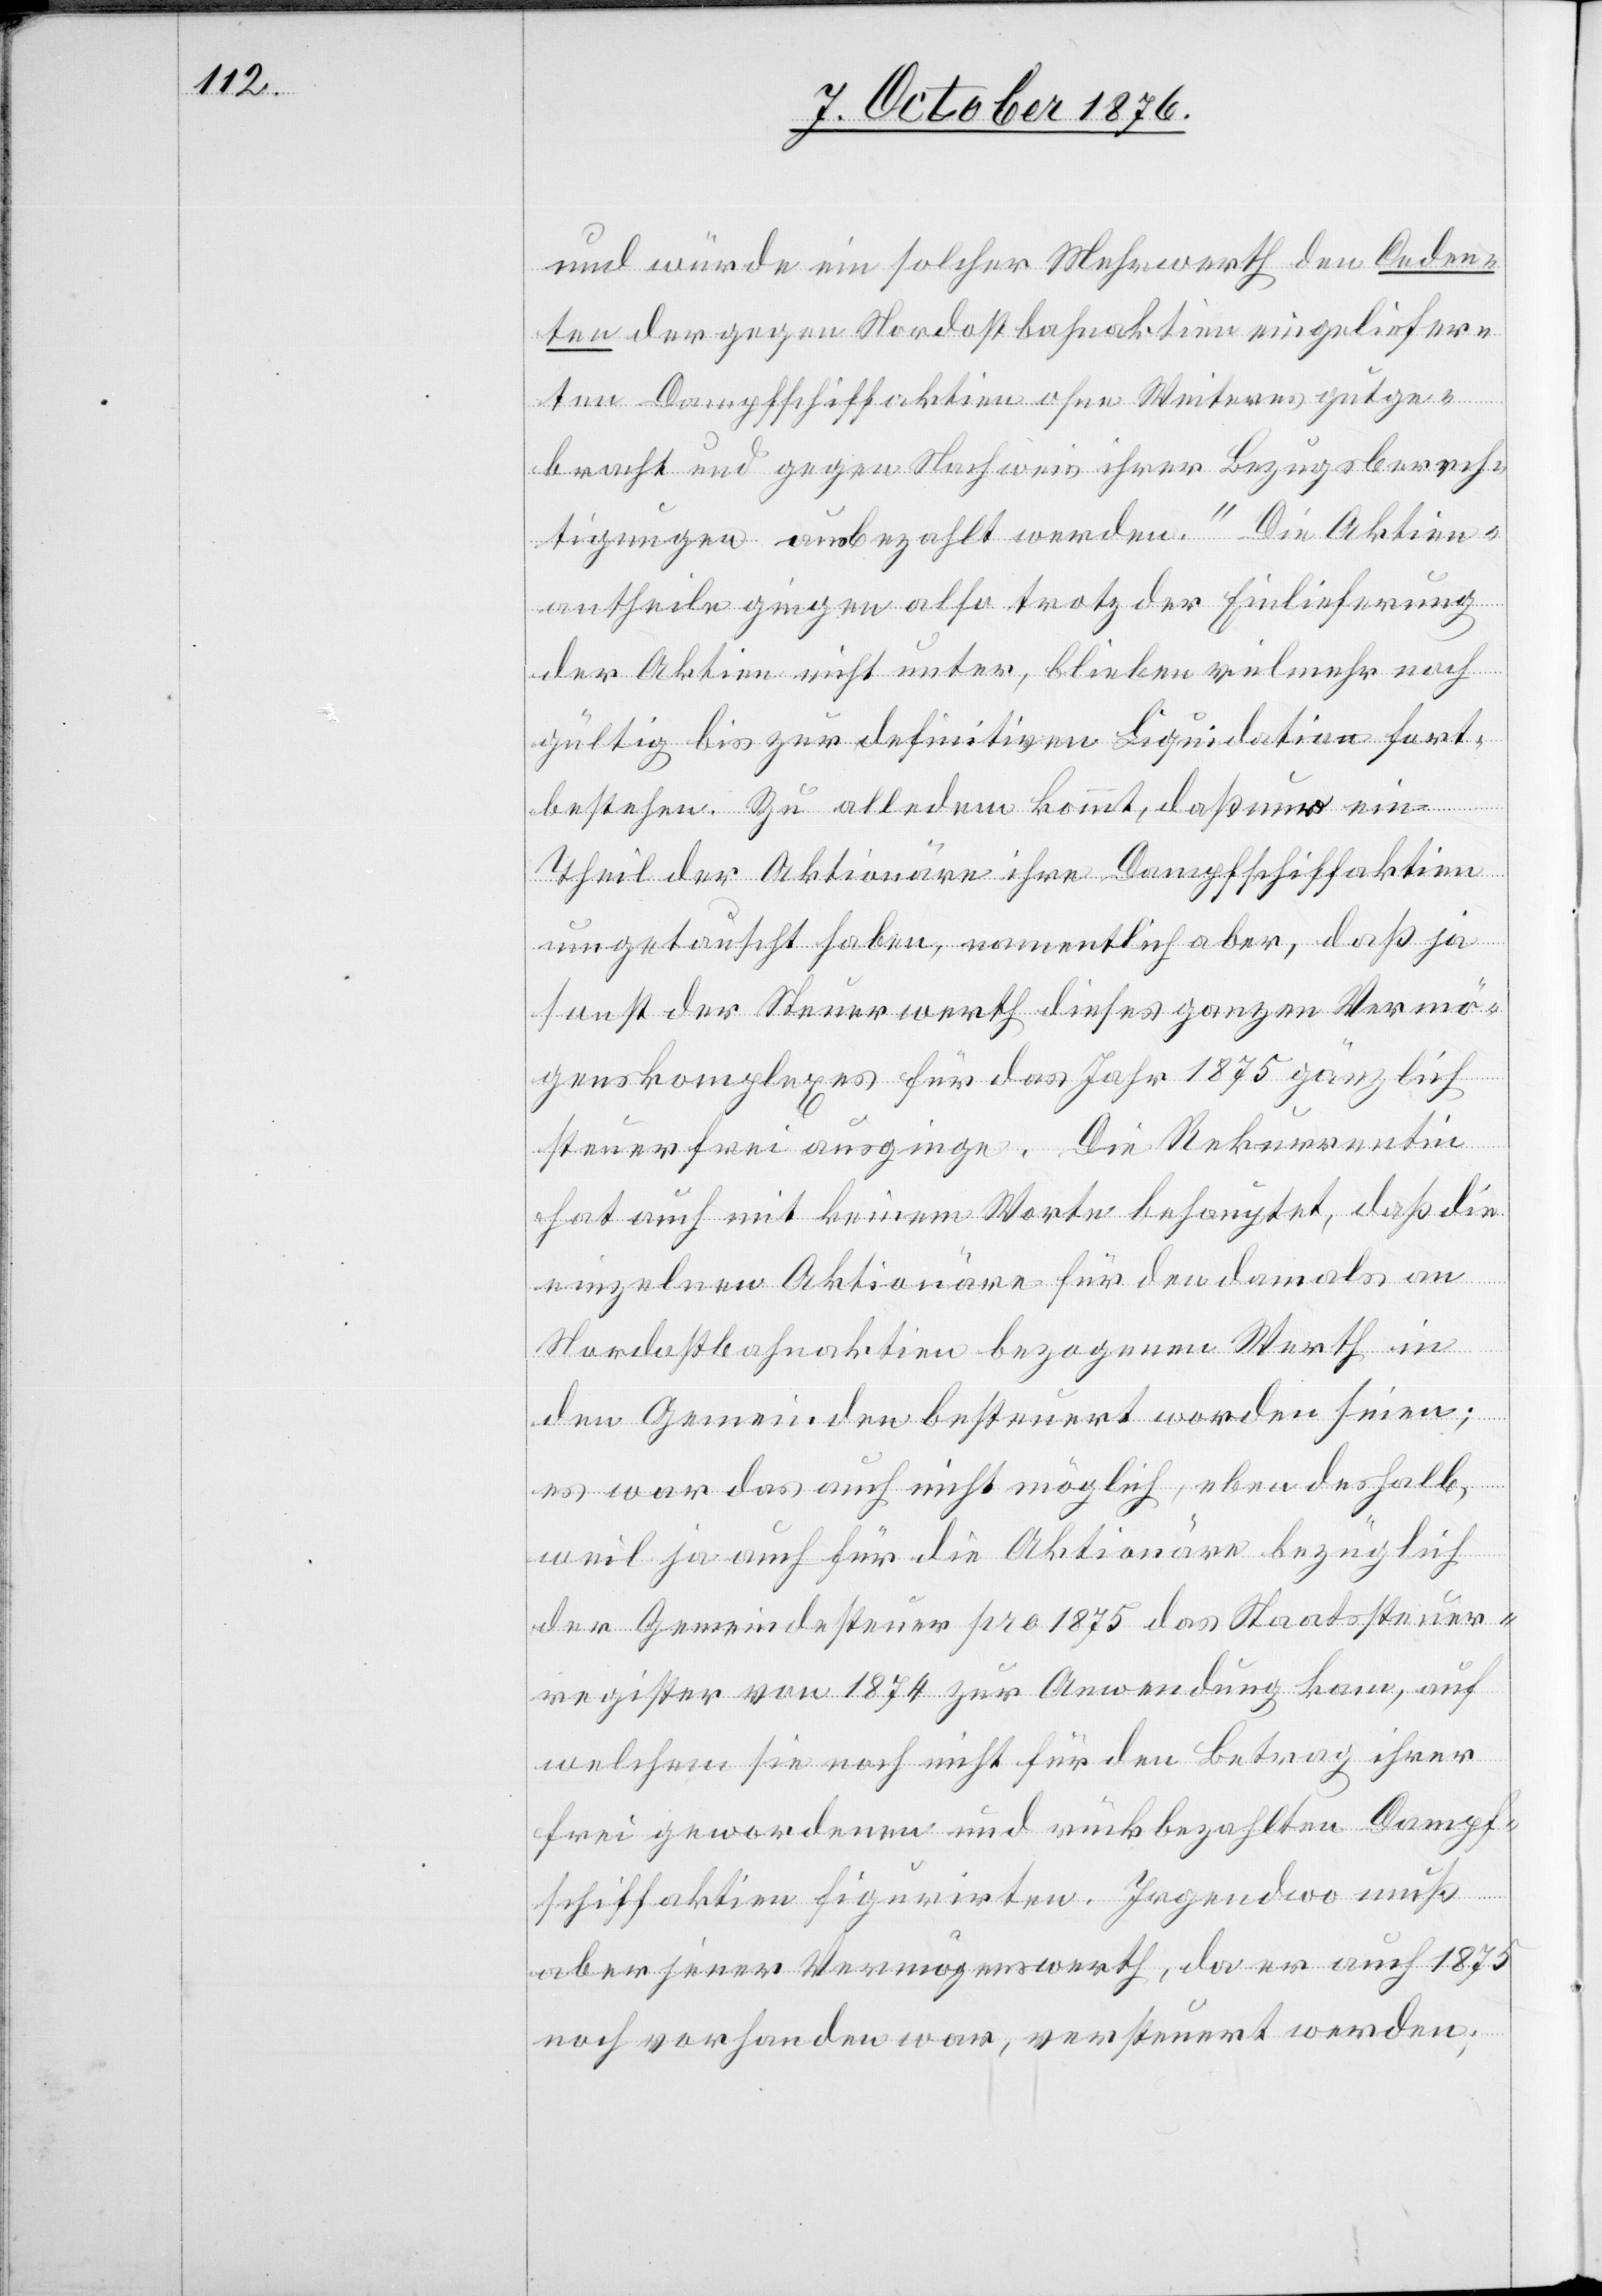
und würde ein solcher Mehrwerth den Ceden¬
ten der gegen Nordostbahnaktien eingeliefer¬
ten Dampfschiffaktien ohne Weiteres gutge¬
brach und gegen Nachweis ihrer Bezugsberech¬
tigungen ausbezahlt werden.“ Die Aktien¬
antheile giengen also trotz der Einlieferung
der Aktien nicht unter, blieben vielmehr noch
gültig bis zur definitiven Liquidation fort¬
bestehen. Zu alledem kommt, daß nur ein
Theil der Aktionäre ihre Dampfschiffaktien
umgetauscht haben, namentlich aber, daß ja
sonst der Steuerwerth dieses ganzen Vermö¬
genskomplexes für das Jahr 1875 gänzlich
steuerfrei ausginge. Die Rekurrentin
hat auch mit keinem Worte behauptet, daß die
einzelnen Aktionäre für den damals an
Nordostbahnaktien bezogenen Werth in
den Gemeinden besteuert worden seien;
es war das auch nicht möglich, eben deshalb,
weil ja auch für die Aktionäre bezüglich
der Gemeindesteuer pro 1875 das Staatssteuer¬
register von 1874 zur Anwendung kam, auf
welchem sie noch nicht für den Betrag ihrer
frei gewordenen und rückbezahlten Dampf¬
schiffaktien figurirten. Irgendwo muß
aber jener Vermögenswerth, da er auch 1875
noch vorhanden war, versteuert werden;